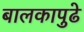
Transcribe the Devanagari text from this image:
बालकापुढे